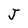
Character: J